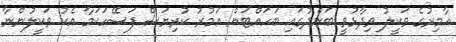
އާމިރުގެ ވަކީލު ވިދާޅުވީ ބަންދުގައި ބަހައްޓަން އަމުރު ކުރިޔަސް ފަސޭހަކަމާ އެކު ވަކީލުންނާ